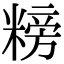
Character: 𥻭